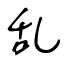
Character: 乱